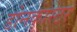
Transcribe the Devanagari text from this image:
डोनकास्टर